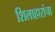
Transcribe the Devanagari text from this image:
शिलाहारांचा